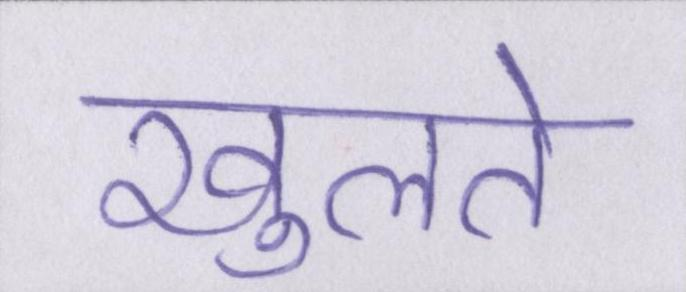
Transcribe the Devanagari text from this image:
खुलते